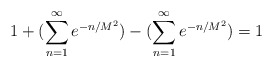
\begin{align*}1 + (\sum_{n=1}^{\infty}e^{-n/M^{2}}) - (\sum_{n=1}^{\infty}e^{-n/M^{2}})= 1\end{align*}